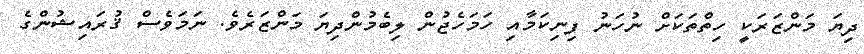
ދިޔަ މަންޒަރަކީ ހިތްތަކަށް ނުހަނު ފިނިކަމާއި ހަމަހެޖުން ލިބެމުންދިޔަ މަންޒަރެވެ. ނަމަވެސް ޤުރައިޝުންގެ